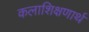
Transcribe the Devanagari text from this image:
कलाशिक्षणार्थ